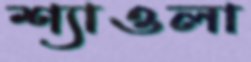
শ্যাওলা